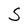
Character: S